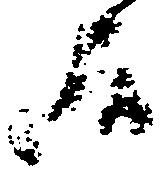
居